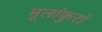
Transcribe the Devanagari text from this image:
मूलांकुरों